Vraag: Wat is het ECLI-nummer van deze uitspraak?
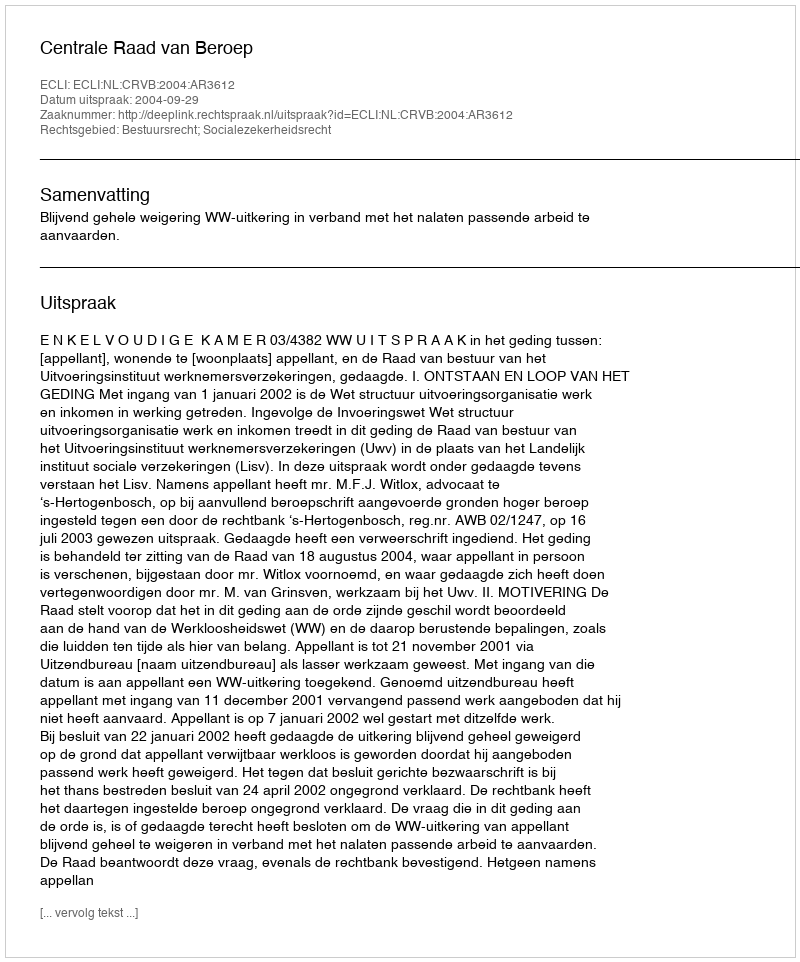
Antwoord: ECLI:NL:CRVB:2004:AR3612